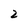
Character: 2